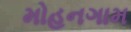
મોહનગામ